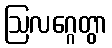
ဩလဂ္ဂေတွာ